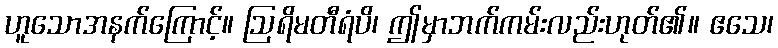
ဟူသောအနက်ကြောင့်။ ဩရိမတီရံပိ၊ ဤမှာဘက်ကမ်းလည်းဟုတ်၏။ ဧသေ၊